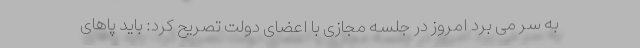
به سر می برد امروز در جلسه مجازی با اعضای دولت تصریح کرد: باید پاهای